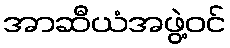
အာဆီယံအဖွဲ့ဝင်